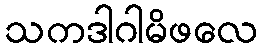
သကဒါဂါမိဖလေ